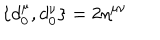
\{ d _ { 0 } ^ { \mu } , d _ { 0 } ^ { \nu } \} = 2 \eta ^ { \mu \nu }